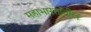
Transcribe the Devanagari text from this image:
महाभारतांतील